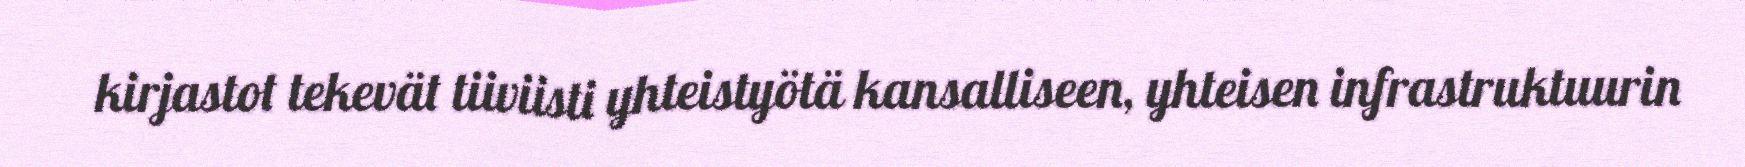
kirjastot tekevät tiiviisti yhteistyötä kansalliseen, yhteisen infrastruktuurin